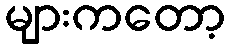
များကတော့